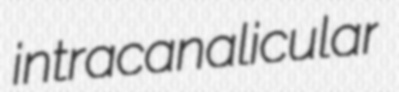
intracanalicular